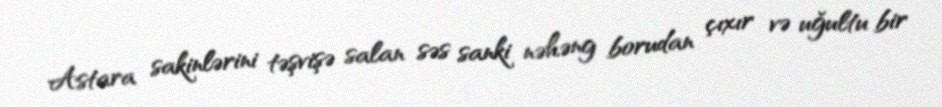
Astara sakinlərini təşvişə salan səs sanki nəhəng borudan çıxır və uğultu bir